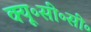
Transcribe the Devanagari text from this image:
क्यू॰सी॰सी॰